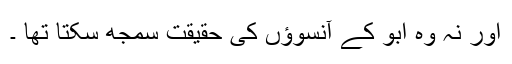
اور نہ وہ ابو کے آنسوؤں کی حقیقت سمجھ سکتا تھا ۔